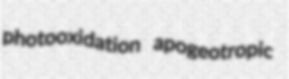
photooxidation apogeotropic